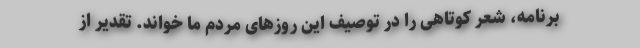
برنامه، شعر کوتاهی را در توصیف این روزهای مردم ما خواند. تقدیر از